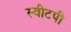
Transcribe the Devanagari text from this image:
स्वीटपी